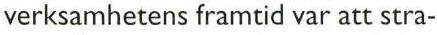
verksamhetens framtid var att stra-